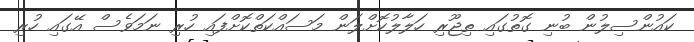
ކައުންސިލުން ބުނި ގޮތުގައި ތިޖޫރި ހަލާލުކޮށްލަން މަސައްކަތްކޮށްފައި ހުރި ނަމަވެސް އޭގައި ހުރި